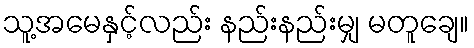
သူ့အမေနှင့်လည်း နည်းနည်းမျှ မတူချေ။